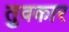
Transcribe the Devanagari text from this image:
तुवकार